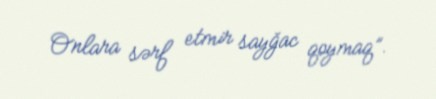
Onlara sərf etmir sayğac qoymaq”.